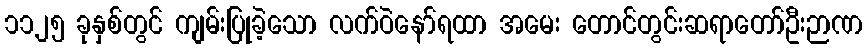
၁၁၂၅ ခုနှစ်တွင် ကျမ်းပြုခဲ့သော လက်ဝဲနော်ရထာ အမေး တောင်တွင်းဆရာတော်ဦးဉာဏ